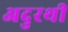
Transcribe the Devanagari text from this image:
अदुरथी